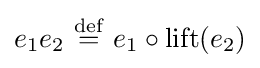
e_{1}e_{2}\ {\overset {\operatorname {def} }{=}}\ e_{1}\circ \operatorname {lift} (e_{2})